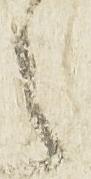
之